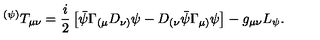
{ } ^ { ( \psi ) } T _ { \mu \nu } = \frac { i } { 2 } \left[ \bar { \psi } \Gamma _ { ( \mu } D _ { \nu ) } \psi - D _ { ( \nu } \bar { \psi } \Gamma _ { \mu ) } \psi \right] - g _ { \mu \nu } L _ { \psi } .